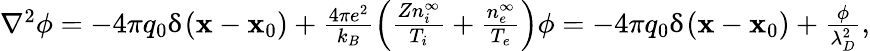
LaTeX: \begin{array}{r}{\nabla^{2}\phi=-4\pi q_{0}\updelta(\mathbf{x}-\mathbf{x}_{0})+\frac{4\pi e^{2}}{k_{B}}\left(\frac{Zn_{i}^{\infty}}{T_{i}}+\frac{n_{e}^{\infty}}{T_{e}}\right)\phi=-4\pi q_{0}\updelta(\mathbf{x}-\mathbf{x}_{0})+\frac{\phi}{\lambda_{D}^{2}},}\end{array}